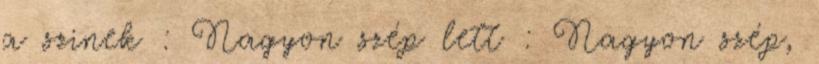
a szinek : Nagyon szép lett : Nagyon szép,